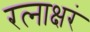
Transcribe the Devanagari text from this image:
रत्‍नाक्षरं